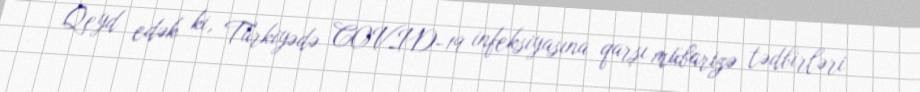
Qeyd edək ki, Türkiyədə COVID-19 infeksiyasına qarşı mübarizə tədbirləri